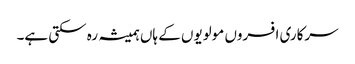
سرکاری افسروں مولویوں کے ہاں ہمیشہ رہ سکتی ہے۔